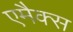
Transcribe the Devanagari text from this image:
एमैक्स